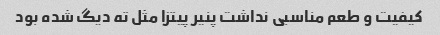
کیفیت و طعم مناسبی نداشت پنیر پیتزا مثل ته دیگ شده بود